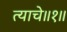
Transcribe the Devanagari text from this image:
त्याचे॥१॥